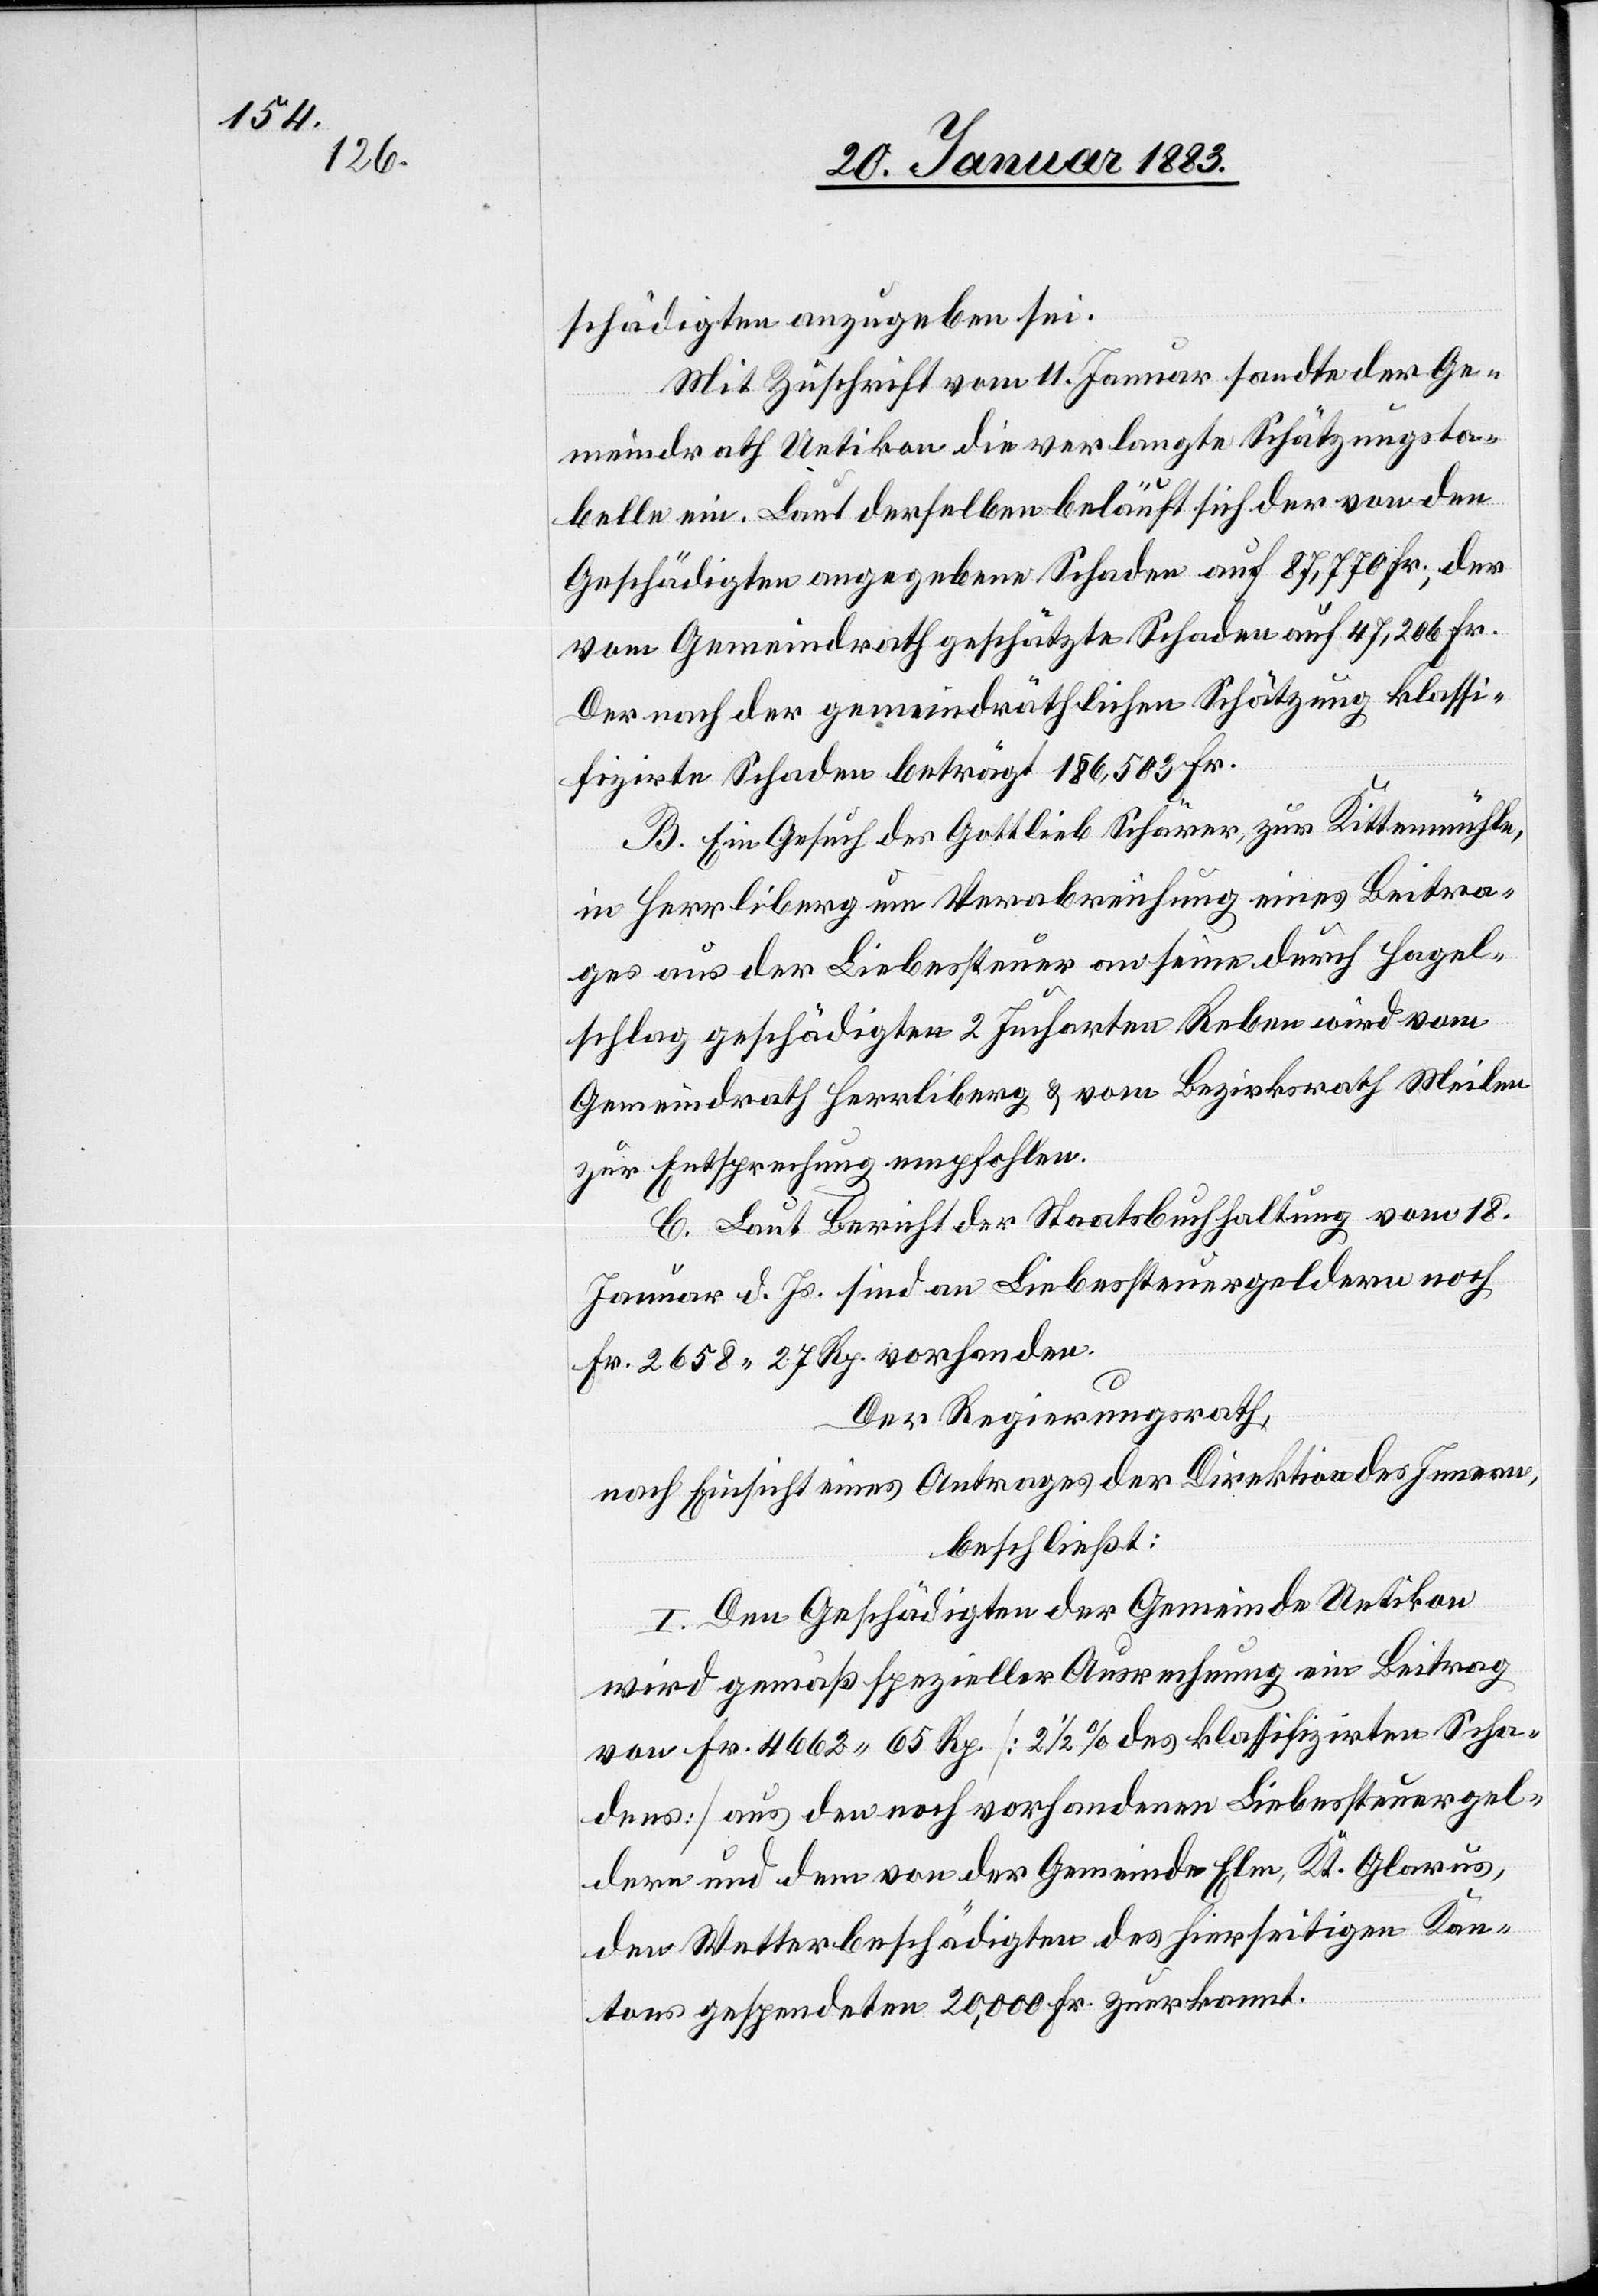
schädigten anzugeben sei.
Mit Zuschrift vom 11. Januar sandte der Ge¬
meindrath Uetikon die verlangte Schätzungsta¬
belle ein. Laut derselben beläuft sich der von den
Geschädigten angegebene Schaden auf 87,770 Fr., der
vom Gemeindrath geschätzte Schaden auf 47,206 Fr.
Der nach der gemeindräthlichen Schätzung klassi¬
fizirte Schaden beträgt 186,503 Fr.
B. Ein Gesuch des Gottlieb Schärer, zur Kittenmühle,
in Herrliberg um Verabreichung eines Beitra¬
ges aus der Liebessteuer an seine durch Hagel¬
schlag geschädigten 2 Jucharten Reben wird vom
Gemeindrath Herrliberg & vom Bezirksrath Meilen
zur Entsprechung empfohlen.
C. Laut Bericht der Staatsbuchhaltung vom 18.
Januar d. Js. sind an Liebessteuergeldern noch
Fr. 2658 27 Rp. vorhanden.
Der Regierungsrath,
nach Einsicht eines Antrages der Direktion des Innern,
beschließt:
I. Den Geschädigten der Gemeinde Uetikon
wird gemäß spezieller Ausrechnung ein Beitrag
von Fr. 4662 65 Rp. [2 1/2% des klassifizirten Scha¬
dens] aus den noch vorhandenen Liebessteuergel¬
dern und dem [sic!] von der Gemeinde Elm, Kt. Glarus,
den Wetterbeschädigten des hierseitigen Kan¬
tons gesendeten 20,000 Fr. zuerkannt.